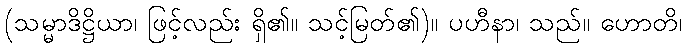
(သမ္မာဒိဋ္ဌိယာ၊ ဖြင့်လည်း ရှိ၏။ သင့်မြတ်၏)။ ပဟီနာ၊ သည်။ ဟောတိ၊